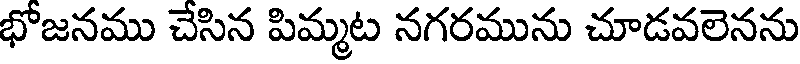
భోజనము చేసిన పిమ్మట నగరమును చూడవలెనను